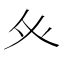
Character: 𭼽